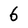
Character: 6